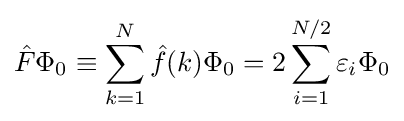
{\hat {F}}\Phi _{0}\equiv \sum _{k=1}^{N}{\hat {f}}(k)\Phi _{0}=2\sum _{i=1}^{N/2}\varepsilon _{i}\Phi _{0}